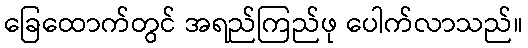
ခြေထောက်တွင် အရည်ကြည်ဖု ပေါက်လာသည်။